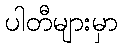
ပါတီများမှာ